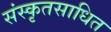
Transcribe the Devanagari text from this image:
संस्कृतसाधित